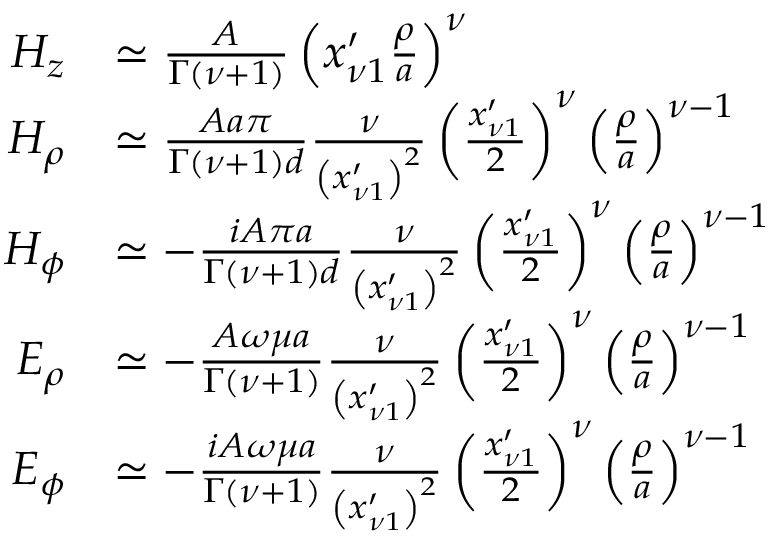
\begin{array} { r l } { H _ { z } } & { \simeq \frac { A } { \Gamma \left( \nu + 1 \right) } \left( x _ { \nu 1 } ^ { \prime } \frac { \rho } { a } \right) ^ { \nu } } \\ { H _ { \rho } } & { \simeq \frac { A a \pi } { \Gamma \left( \nu + 1 \right) d } \frac { \nu } { \left( x _ { \nu 1 } ^ { \prime } \right) ^ { 2 } } \left( \frac { x _ { \nu 1 } ^ { \prime } } { 2 } \right) ^ { \nu } \left( \frac { \rho } { a } \right) ^ { \nu - 1 } } \\ { H _ { \phi } } & { \simeq - \frac { i A \pi a } { \Gamma ( \nu + 1 ) d } \frac { \nu } { \left( x _ { \nu 1 } ^ { \prime } \right) ^ { 2 } } \left( \frac { x _ { \nu 1 } ^ { \prime } } { 2 } \right) ^ { \nu } \left( \frac { \rho } { a } \right) ^ { \nu - 1 } } \\ { E _ { \rho } } & { \simeq - \frac { A \omega \mu a } { \Gamma ( \nu + 1 ) } \frac { \nu } { \left( x _ { \nu 1 } ^ { \prime } \right) ^ { 2 } } \left( \frac { x _ { \nu 1 } ^ { \prime } } { 2 } \right) ^ { \nu } \left( \frac { \rho } { a } \right) ^ { \nu - 1 } } \\ { E _ { \phi } } & { \simeq - \frac { i A \omega \mu a } { \Gamma ( \nu + 1 ) } \frac { \nu } { \left( x _ { \nu 1 } ^ { \prime } \right) ^ { 2 } } \left( \frac { x _ { \nu 1 } ^ { \prime } } { 2 } \right) ^ { \nu } \left( \frac { \rho } { a } \right) ^ { \nu - 1 } } \end{array}